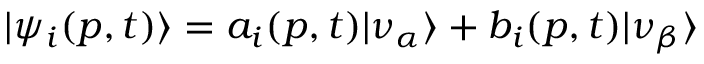
| \psi _ { i } ( p , t ) \rangle = a _ { i } ( p , t ) | \nu _ { \alpha } \rangle + b _ { i } ( p , t ) | \nu _ { \beta } \rangle